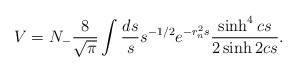
\begin{align*}V=N_{-}\frac{8}{\sqrt{\pi}}\int \frac{ds}{s}s^{-1/2}e^{-r_{n}^{2}s}\frac{\sinh^4 cs}{2\sinh 2cs}.\end{align*}